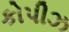
કોપીઝ